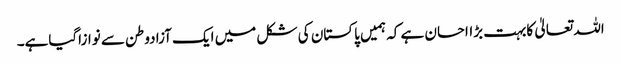
اللہ تعالیٰ کابہت بڑااحسان ہے کہ ہمیں پاکستان کی شکل میں ایک آزادوطن سے نوازاگیاہے۔